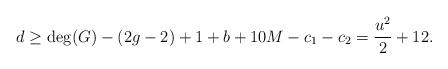
LaTeX: \begin{align*}d\geq \deg (G)-(2g-2)+1+b+10M-c_1-c_2=\frac{u^2}{2}+12.\end{align*}